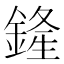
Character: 𨩰